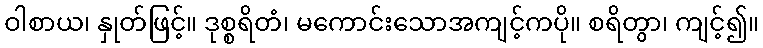
ဝါစာယ၊ နှုတ်ဖြင့်။ ဒုစ္စရိတံ၊ မကောင်းသောအကျင့်ကပို။ စရိတွာ၊ ကျင့်၍။